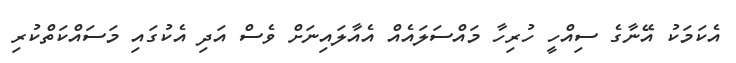
އެކަމަކު އޭނާގެ ސިއްހީ ހުރިހާ މައްސަލައެއް އެއާލައިނަށް ވެސް އަދި އެކުގައި މަސައްކަތްކުރި